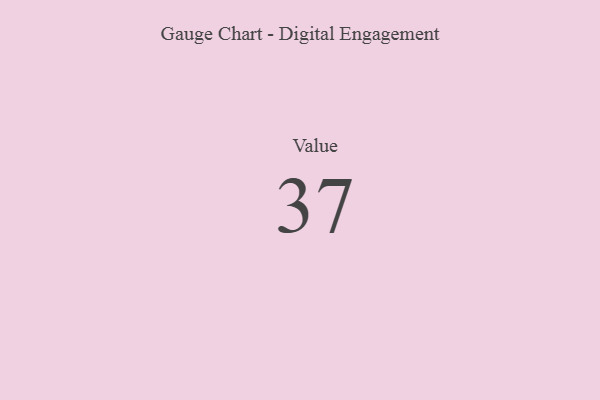
{"axis": {"x": "Metric", "y": "Value"}, "legend": [""], "data": [{"x": "Value", "y": 37, "type": ""}]}